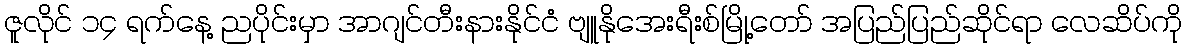
ဇူလိုင် ၁၄ ရက်နေ့ ညပိုင်းမှာ အာဂျင်တီးနားနိုင်ငံ ဗျူနိုအေးရီးစ်မြို့တော် အပြည်ပြည်ဆိုင်ရာ လေဆိပ်ကို